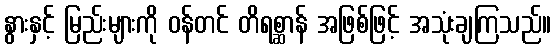
နွားနှင့် မြည်းများကို ဝန်တင် တိရစ္ဆာန် အဖြစ်ဖြင့် အသုံးချကြသည်။